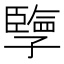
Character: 𪧂